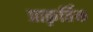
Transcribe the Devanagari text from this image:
प्राकृर्तिक